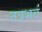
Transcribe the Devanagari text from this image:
तत्रभवं